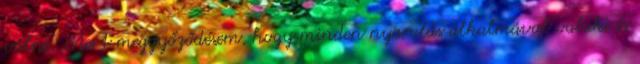
válni. Mert meggyőződésem, hogy minden nyaralás alkalmával valaki és